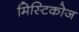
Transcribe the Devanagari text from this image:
मिस्टिकोज